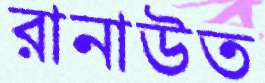
রানাউত